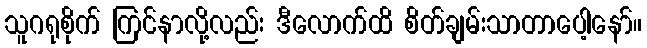
သူဂရုစိုက် ကြင်နာလို့လည်း ဒီလောက်ထိ စိတ်ချမ်းသာတာပေါ့နော်။